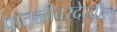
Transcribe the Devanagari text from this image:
पातळीवरदेखील